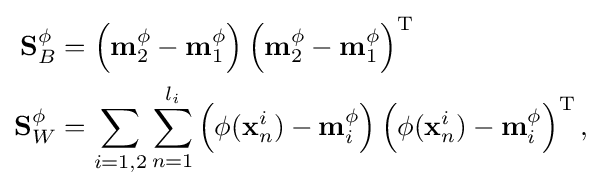
{\begin{aligned}\mathbf {S} _{B}^{\phi }&=\left(\mathbf {m} _{2}^{\phi }-\mathbf {m} _{1}^{\phi }\right)\left(\mathbf {m} _{2}^{\phi }-\mathbf {m} _{1}^{\phi }\right)^{\text{T}}\\\mathbf {S} _{W}^{\phi }&=\sum _{i=1,2}\sum _{n=1}^{l_{i}}\left(\phi (\mathbf {x} _{n}^{i})-\mathbf {m} _{i}^{\phi }\right)\left(\phi (\mathbf {x} _{n}^{i})-\mathbf {m} _{i}^{\phi }\right)^{\text{T}},\end{aligned}}